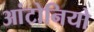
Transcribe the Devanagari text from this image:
आंटोनियो